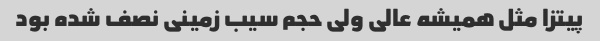
پیتزا مثل همیشه عالی ولی حجم سیب زمینی نصف شده بود